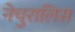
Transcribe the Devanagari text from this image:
नेचुरालिस